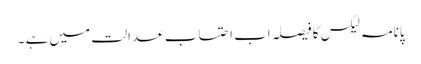
پانامہ لیکس کا فیصلہ اب احتساب عدالت میں ہے ۔